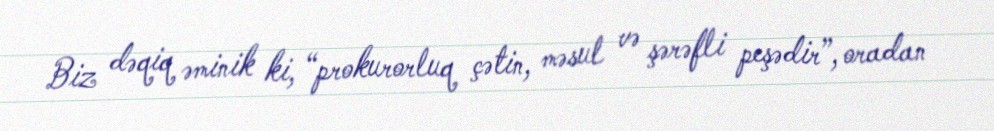
Biz dəqiq əminik ki, “prokurorluq çətin, məsul və şərəfli peşədir”, oradan